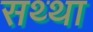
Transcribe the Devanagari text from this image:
सथ्था